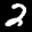
Label: 2